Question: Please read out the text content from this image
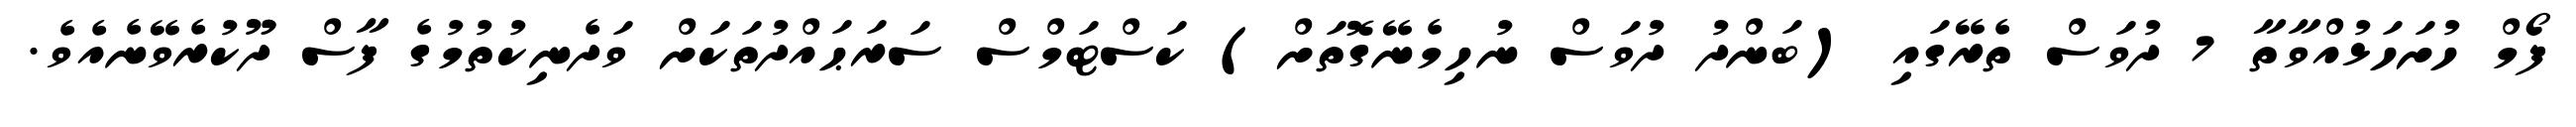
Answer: ފޯމް ހުށަހަޅުއްވާތާ 7 ދުވަސް ތެރޭގައި (ބަންދު ދުވަސް ނުހިމެނޭގޮތަށް) ކަސްޓަމްސް ސަރަޙައްދުތަކަށް ވަދެނިކުތުމުގެ ފާސް ދޫކުރެވޭނެއެވެ.